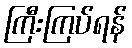
ကြီးကြပ်ရန်